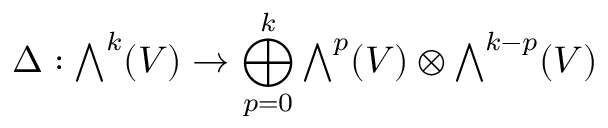
\Delta : { \textstyle \bigwedge } ^ { k } ( V ) \to \bigoplus _ { p = 0 } ^ { k } { \textstyle \bigwedge } ^ { p } ( V ) \otimes { \textstyle \bigwedge } ^ { k - p } ( V )